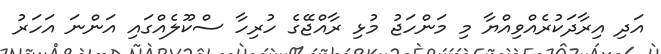
އަދި އިރާދަކުރެއްވިއްޔާ މި މަންހަޖު މުޅި ރާއްޖޭގެ ހުރިހާ ސްކޫލެއްގައި އަންނަ އަހަރު